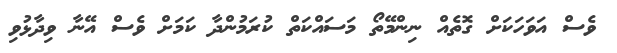
ވެސް އަވަހަކަށް ގޮތެއް ނިންމޭތޯ މަސައްކަތް ކުރަމުންދާ ކަމަށް ވެސް އޭނާ ވިދާޅުވި